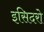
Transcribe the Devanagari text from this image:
इसिदरो